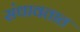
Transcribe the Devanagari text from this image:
संथावतात